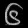
Digit: ၆